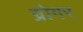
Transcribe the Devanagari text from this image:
ग्रोगर